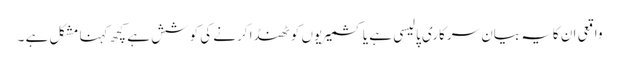
واقعی ان کایہ بیان سرکاری پالیسی ہے یا کشمیریوں کو ٹھنڈا کرنے کی کوشش ہے کچھ کہنا مشکل ہے ۔